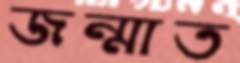
জন্মাত